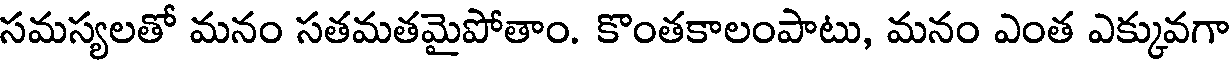
సమస్యలతో మనం సతమతమైపోతాం. కొంతకాలంపాటు, మనం ఎంత ఎక్కువగా